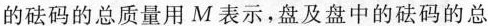
的砝码的总质量用M表示，盘及盘中的砝码的总